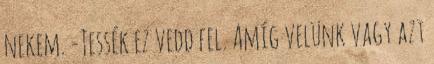
nekem. -Tessék ez vedd fel. Amíg velünk vagy azt